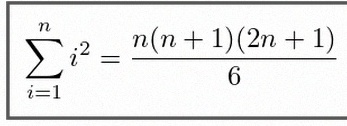
\sum_{i=1}^{n}i^2=\frac{n(n+1)(2n+1)}6